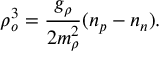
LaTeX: \rho _ { o } ^ { 3 } = \frac { g _ { \rho } } { 2 m _ { \rho } ^ { 2 } } ( n _ { p } - n _ { n } ) .